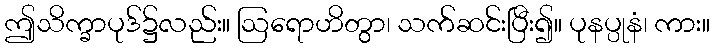
ဤသိက္ခာပုဒ်၌လည်း။ ဩရောဟိတွာ၊ သက်ဆင်းပြီး၍။ ပုနပ္ပုနံ၊ ကား။